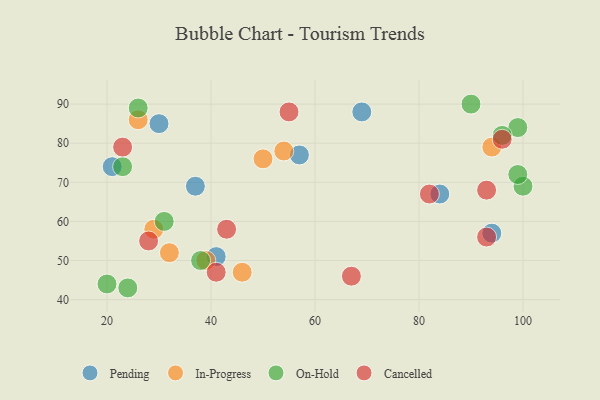
{"axis": {"x": "GDP", "y": "Life Expectancy"}, "legend": ["Cancelled", "In-Progress", "On-Hold", "Pending"], "data": [{"x": "84", "y": 67, "type": "Pending"}, {"x": "21", "y": 74, "type": "Pending"}, {"x": "57", "y": 77, "type": "Pending"}, {"x": "41", "y": 51, "type": "Pending"}, {"x": "94", "y": 57, "type": "Pending"}, {"x": "37", "y": 69, "type": "Pending"}, {"x": "69", "y": 88, "type": "Pending"}, {"x": "30", "y": 85, "type": "Pending"}, {"x": "26", "y": 86, "type": "In-Progress"}, {"x": "39", "y": 50, "type": "In-Progress"}, {"x": "46", "y": 47, "type": "In-Progress"}, {"x": "29", "y": 58, "type": "In-Progress"}, {"x": "50", "y": 76, "type": "In-Progress"}, {"x": "32", "y": 52, "type": "In-Progress"}, {"x": "54", "y": 78, "type": "In-Progress"}, {"x": "94", "y": 79, "type": "In-Progress"}, {"x": "99", "y": 84, "type": "On-Hold"}, {"x": "24", "y": 43, "type": "On-Hold"}, {"x": "38", "y": 50, "type": "On-Hold"}, {"x": "20", "y": 44, "type": "On-Hold"}, {"x": "100", "y": 69, "type": "On-Hold"}, {"x": "31", "y": 60, "type": "On-Hold"}, {"x": "23", "y": 74, "type": "On-Hold"}, {"x": "90", "y": 90, "type": "On-Hold"}, {"x": "26", "y": 89, "type": "On-Hold"}, {"x": "99", "y": 72, "type": "On-Hold"}, {"x": "96", "y": 82, "type": "On-Hold"}, {"x": "67", "y": 46, "type": "Cancelled"}, {"x": "93", "y": 68, "type": "Cancelled"}, {"x": "23", "y": 79, "type": "Cancelled"}, {"x": "82", "y": 67, "type": "Cancelled"}, {"x": "43", "y": 58, "type": "Cancelled"}, {"x": "93", "y": 56, "type": "Cancelled"}, {"x": "55", "y": 88, "type": "Cancelled"}, {"x": "28", "y": 55, "type": "Cancelled"}, {"x": "41", "y": 47, "type": "Cancelled"}, {"x": "96", "y": 81, "type": "Cancelled"}]}